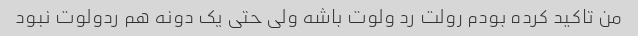
من تاکید کرده بودم رولت رد ولوت باشه ولی حتی یک دونه هم ردولوت نبود